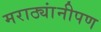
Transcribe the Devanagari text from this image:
मराठ्यांनीपण